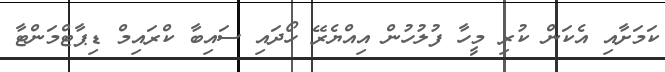
ކަމަށާއި އެކަން ކުރި މީހާ ފުލުހުން އިއްޔެރޭ ހޯދައި ސައިބާ ކްރައިމް ޑިޕާޓްމަންޓާ